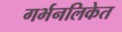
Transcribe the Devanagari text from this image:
गर्भनलिकेत